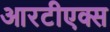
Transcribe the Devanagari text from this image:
आरटीएक्स